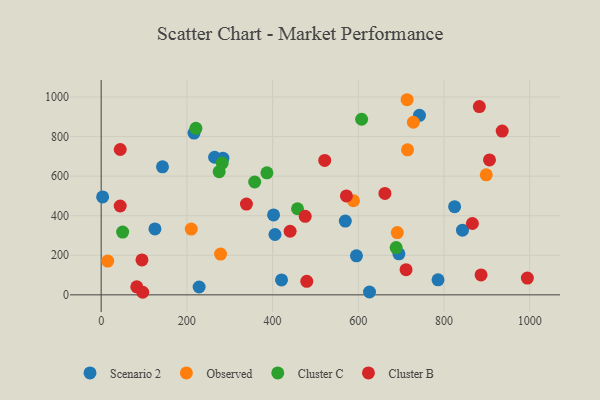
{"axis": {"x": "Investment", "y": "Fuel Efficiency"}, "legend": ["Cluster B", "Cluster C", "Observed", "Scenario 2"], "data": [{"x": "569.7", "y": 373.1, "type": "Scenario 2"}, {"x": "824.8", "y": 445.5, "type": "Scenario 2"}, {"x": "420.9", "y": 75.5, "type": "Scenario 2"}, {"x": "264.7", "y": 695.5, "type": "Scenario 2"}, {"x": "284.0", "y": 690.6, "type": "Scenario 2"}, {"x": "143.1", "y": 647.3, "type": "Scenario 2"}, {"x": "402.3", "y": 403.9, "type": "Scenario 2"}, {"x": "228.6", "y": 39.7, "type": "Scenario 2"}, {"x": "626.2", "y": 14.4, "type": "Scenario 2"}, {"x": "843.2", "y": 327.1, "type": "Scenario 2"}, {"x": "216.7", "y": 817.6, "type": "Scenario 2"}, {"x": "742.8", "y": 907.3, "type": "Scenario 2"}, {"x": "405.6", "y": 305.1, "type": "Scenario 2"}, {"x": "694.8", "y": 207.3, "type": "Scenario 2"}, {"x": "125.5", "y": 333.3, "type": "Scenario 2"}, {"x": "786.1", "y": 76.0, "type": "Scenario 2"}, {"x": "595.7", "y": 197.4, "type": "Scenario 2"}, {"x": "3.4", "y": 494.7, "type": "Scenario 2"}, {"x": "588.7", "y": 476.2, "type": "Observed"}, {"x": "713.9", "y": 986.2, "type": "Observed"}, {"x": "714.9", "y": 733.0, "type": "Observed"}, {"x": "15.3", "y": 170.8, "type": "Observed"}, {"x": "210.2", "y": 332.4, "type": "Observed"}, {"x": "898.6", "y": 606.4, "type": "Observed"}, {"x": "691.0", "y": 314.6, "type": "Observed"}, {"x": "278.6", "y": 206.2, "type": "Observed"}, {"x": "728.5", "y": 872.4, "type": "Observed"}, {"x": "688.4", "y": 238.9, "type": "Cluster C"}, {"x": "282.4", "y": 666.0, "type": "Cluster C"}, {"x": "275.4", "y": 622.6, "type": "Cluster C"}, {"x": "386.8", "y": 616.7, "type": "Cluster C"}, {"x": "221.1", "y": 841.7, "type": "Cluster C"}, {"x": "358.3", "y": 570.4, "type": "Cluster C"}, {"x": "50.1", "y": 317.2, "type": "Cluster C"}, {"x": "607.8", "y": 887.6, "type": "Cluster C"}, {"x": "458.2", "y": 435.2, "type": "Cluster C"}, {"x": "44.4", "y": 449.1, "type": "Cluster B"}, {"x": "521.7", "y": 679.4, "type": "Cluster B"}, {"x": "479.8", "y": 68.3, "type": "Cluster B"}, {"x": "935.8", "y": 828.0, "type": "Cluster B"}, {"x": "83.1", "y": 40.6, "type": "Cluster B"}, {"x": "476.1", "y": 397.1, "type": "Cluster B"}, {"x": "662.2", "y": 512.8, "type": "Cluster B"}, {"x": "994.6", "y": 84.7, "type": "Cluster B"}, {"x": "44.5", "y": 734.5, "type": "Cluster B"}, {"x": "339.0", "y": 458.8, "type": "Cluster B"}, {"x": "906.2", "y": 681.8, "type": "Cluster B"}, {"x": "711.5", "y": 127.0, "type": "Cluster B"}, {"x": "572.3", "y": 499.9, "type": "Cluster B"}, {"x": "95.2", "y": 176.4, "type": "Cluster B"}, {"x": "866.3", "y": 360.6, "type": "Cluster B"}, {"x": "440.9", "y": 321.5, "type": "Cluster B"}, {"x": "886.5", "y": 100.7, "type": "Cluster B"}, {"x": "882.5", "y": 951.4, "type": "Cluster B"}, {"x": "97.0", "y": 13.0, "type": "Cluster B"}]}